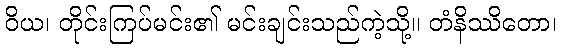
ဝိယ၊ တိုင်းကြပ်မင်း၏ မင်းချင်းသည်ကဲ့သို့။ တံနိဿိတော၊